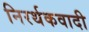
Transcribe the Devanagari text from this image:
निरर्थकवादी